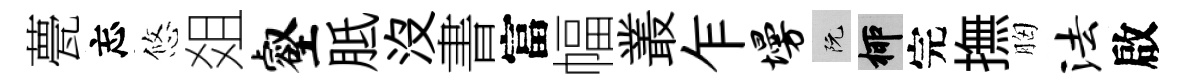
甍忘悠爼壑胝沒書富幅叢乍墁阮柳完撫胸法啟